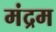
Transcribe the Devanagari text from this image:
मंद्रम